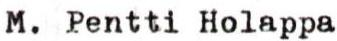
M. Pentti Holappa